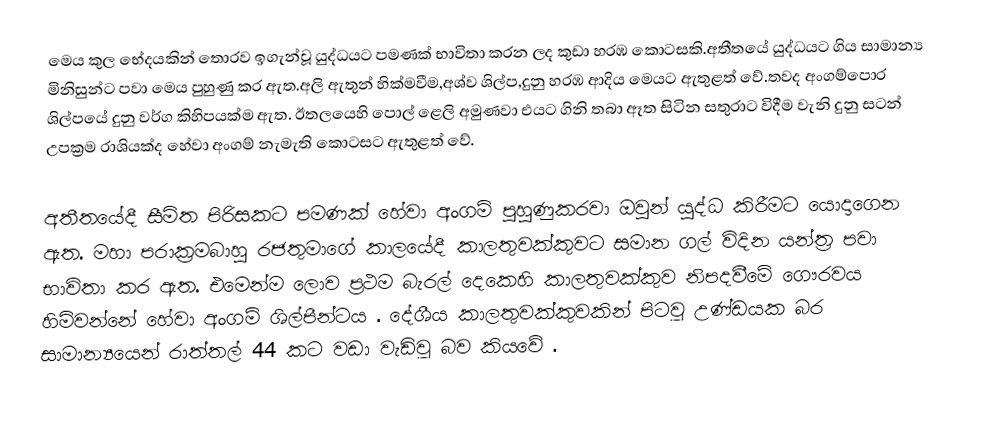
මෙය කුල භේදයකින් තොරව ඉගැන්වූ යුද්ධයට පමණක් භාවිතා කරන ලද කුඩා හරඹ කොටසකි.අතීතයේ යුද්ධයට ගිය සාමාන්‍ය මිනිසුන්ට පවා මෙය පුහුණු කර ඇත.අලි ඇතුන් හික්මවීම,අශ්ව ශිල්ප,දුනු හරඹ ආදිය මෙයට ඇතුළත් වේ.තවද අංගම්පොර ශිල්පයේ දුනු වර්ග කිහිපයක්ම ඇත. ඊතලයෙහි පොල් ළෙලි අමුණවා එයට ගිනි තබා ඈත සිටින සතුරාට විදීම වැනි දුනු සටන් උපක්‍රම රාශියක්ද හේවා අංගම් නැමැති කොටසට ඇතුළත් වේ.

අතීතයේදී සීමිත පිරිසකට පමණක් හේවා අංගම් පුහුණුකරවා ඔවුන් යුද්ධ කිරීමට යොදාගෙන ඇත. මහා පරාක්‍රමබාහු රජතුමාගේ කාලයේදී කාලතුවක්කුවට සමාන ගල් විදින යන්ත්‍ර පවා භාවිතා කර ඇත. එමෙන්ම ලොව ප්‍රථම බැරල් දෙකෙහි කාලතුවක්කුව නිපදවීමේ ගෞරවය හිමිවන්නේ හේවා අංගම් ශිල්පීන්ටය . දේශීය කාලතුවක්කුවකින් පිටවූ උණ්ඩයක බර සාමාන්‍යයෙන් රාත්තල් 44 කට වඩා වැඩිවූ බව කියවේ .